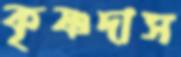
কৃষ্ণদাস